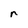
Character: r